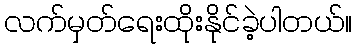
လက်မှတ်ရေးထိုးနိုင်ခဲ့ပါတယ်။